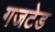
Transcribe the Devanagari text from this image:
गजटेड